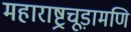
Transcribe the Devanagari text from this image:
महाराष्ट्रचूड़ामणि